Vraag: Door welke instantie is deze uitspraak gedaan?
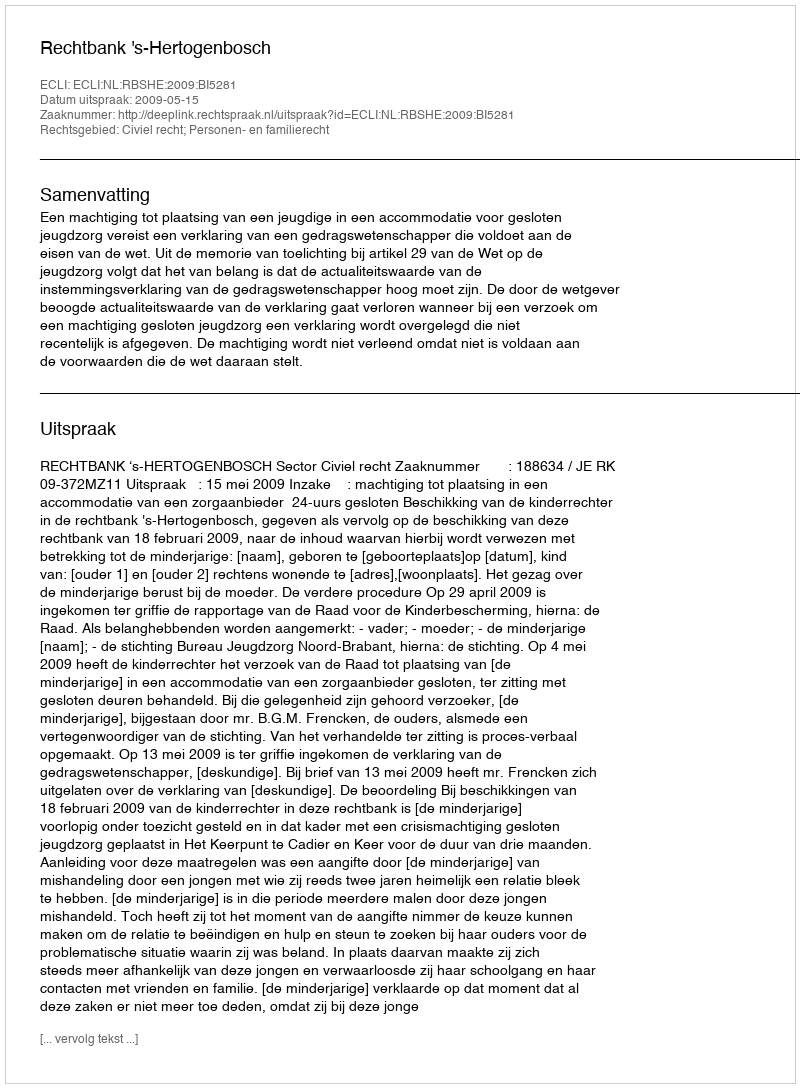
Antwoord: Rechtbank 's-Hertogenbosch